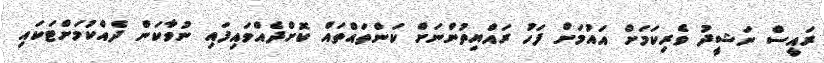
ރައީސް ނަޝީދު ވެރިކަމަށް އައުމަށް ފަހު ރައްޔިތުންނަށް ކަންތައްތައް ކޮށްދެއްވައިފައި ނުވާކަން ދެއްކުމަށްޓަކައި